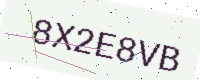
Text: 8X2E8VB